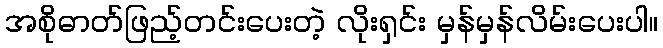
အစိုဓာတ်ဖြည့်တင်းပေးတဲ့ လိုးရှင်း မှန်မှန်လိမ်းပေးပါ။